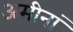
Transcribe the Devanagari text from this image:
अमीनां